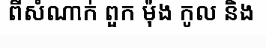
ពីសំណាក់ ពួក ម៉ុង កូល និង